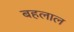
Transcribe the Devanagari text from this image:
बहलाल